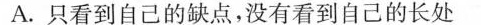
A.只看到自己的缺点，没有看到自己的长处